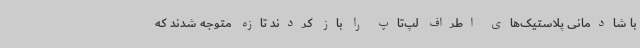
با شادمانی پلاستیک‌های اطراف لپ‌تاپ را باز کردند تازه متوجه شدند که